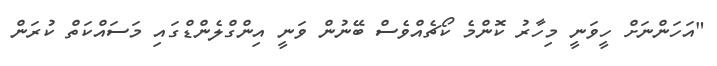
"އަހަންނަށް ހީވަނީ މިހާރު ކޮންމެ ކޯޗެއްވެސް ބޭނުން ވަނީ އިންގްލެންޑްގައި މަސައްކަތް ކުރަން